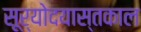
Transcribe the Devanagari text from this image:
सूर्योदयास्तकाल